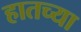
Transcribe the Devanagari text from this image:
हातच्या